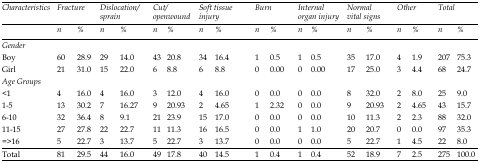
<table><thead><tr><td rowspan="2"><b><i>Characteristics</i></b></td><td colspan="2"><b><i>Fracture</i></b></td><td colspan="2"><b><i>Dislocation</i><i>/ sprain</i></b></td><td colspan="2"><b><i>Cut</i><i>/ open</i><i>wound</i></b></td><td colspan="2"><b><i>Soft</i><i>tissue injury</i></b></td><td colspan="2"><b><i>Burn</i></b></td><td colspan="2"><b><i>Internal organ injury</i></b></td><td colspan="2"><b><i>Normal</i><i>vital</i><i>signs</i></b></td><td colspan="2"><b><i>Other</i></b></td><td colspan="2"><b><i>Total</i></b></td></tr><tr><td><b><i>n</i></b></td><td><b><i>%</i></b></td><td><b><i>n</i></b></td><td><b><i>%</i></b></td><td><b><i>n</i></b></td><td><b><i>%</i></b></td><td><b><i>n</i></b></td><td><b><i>%</i></b></td><td><b><i>n</i></b></td><td><b><i>%</i></b></td><td><b><i>n</i></b></td><td><b><i>%</i></b></td><td><b><i>n</i></b></td><td><b><i>%</i></b></td><td><b><i>n</i></b></td><td><b><i>%</i></b></td><td><b><i>n</i></b></td><td><b><i>%</i></b></td></tr></thead><tbody><tr><td>Gender</td><td></td><td></td><td></td><td></td><td></td><td></td><td></td><td></td><td></td><td></td><td></td><td></td><td></td><td></td><td></td><td></td><td></td><td></td></tr><tr><td>Boy</td><td>60</td><td>28.9</td><td>29</td><td>14.0</td><td>43</td><td>20.8</td><td>34</td><td>16.4</td><td>1</td><td>0.5</td><td>1</td><td>0.5</td><td>35</td><td>17.0</td><td>4</td><td>1.9</td><td>207</td><td>75.3</td></tr><tr><td>Girl</td><td>21</td><td>31.0</td><td>15</td><td>22.0</td><td>6</td><td>8.8</td><td>6</td><td>8.8</td><td>0</td><td>0.00</td><td>0</td><td>0.00</td><td>17</td><td>25.0</td><td>3</td><td>4.4</td><td>68</td><td>24.7</td></tr><tr><td>Age Groups</td><td></td><td></td><td></td><td></td><td></td><td></td><td></td><td></td><td></td><td></td><td></td><td></td><td></td><td></td><td></td><td></td><td></td><td></td></tr><tr><td>&lt;1</td><td>4</td><td>16.0</td><td>4</td><td>16.0</td><td>3</td><td>12.0</td><td>4</td><td>16.0</td><td>0</td><td>0.0</td><td>0</td><td>0.0</td><td>8</td><td>32.0</td><td>2</td><td>8.0</td><td>25</td><td>9.0</td></tr><tr><td>1-5</td><td>13</td><td>30.2</td><td>7</td><td>16.27</td><td>9</td><td>20.93</td><td>2</td><td>4.65</td><td>1</td><td>2.32</td><td>0</td><td>0.0</td><td>9</td><td>20.93</td><td>2</td><td>4.65</td><td>43</td><td>15.7</td></tr><tr><td>6-10</td><td>32</td><td>36.4</td><td>8</td><td>9.1</td><td>21</td><td>23.9</td><td>15</td><td>17.0</td><td>0</td><td>0.0</td><td>0</td><td>0.0</td><td>10</td><td>11.3</td><td>2</td><td>2.3</td><td>88</td><td>32.0</td></tr><tr><td>11-15</td><td>27</td><td>27.8</td><td>22</td><td>22.7</td><td>11</td><td>11.3</td><td>16</td><td>16.5</td><td>0</td><td>0.0</td><td>1</td><td>1.0</td><td>20</td><td>20.7</td><td>0</td><td>0.0</td><td>97</td><td>35.3</td></tr><tr><td>=&gt;16</td><td>5</td><td>22.7</td><td>3</td><td>13.7</td><td>5</td><td>22.7</td><td>3</td><td>13.7</td><td>0</td><td>0.0</td><td>0</td><td>0.0</td><td>5</td><td>22.7</td><td>1</td><td>4.5</td><td>22</td><td>8.0</td></tr><tr><td>Total</td><td>81</td><td>29.5</td><td>44</td><td>16.0</td><td>49</td><td>17.8</td><td>40</td><td>14.5</td><td>1</td><td>0.4</td><td>1</td><td>0.4</td><td>52</td><td>18.9</td><td>7</td><td>2.5</td><td>275</td><td>100.0</td></tr></tbody></table>